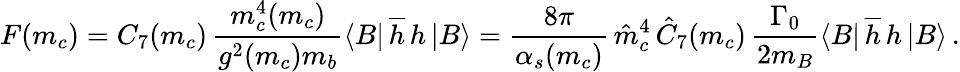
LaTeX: F(m_{c})=C_{7}(m_{c})\, {\frac{m_{c}^{4}(m_{c})}{g^{2}(m_{c})m_{b}}}\langle B|\, \overline{{h}}\, h\, |B\rangle={\frac{8\pi}{\alpha_{s}(m_{c})}}\, \hat{m}_{c}^{4}\, \hat{C}_{7}(m_{c})\, {\frac{\Gamma_{0}}{2m_{B}}}\langle B|\, \overline{{h}}\, h\, |B\rangle\, .